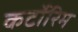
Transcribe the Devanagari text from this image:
कर्टोरिम